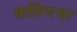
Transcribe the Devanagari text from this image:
कलिंगचा